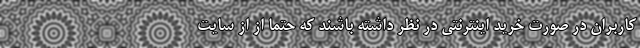
کاربران در صورت خرید اینترنتی در نظر داشته باشند که حتما از از سایت